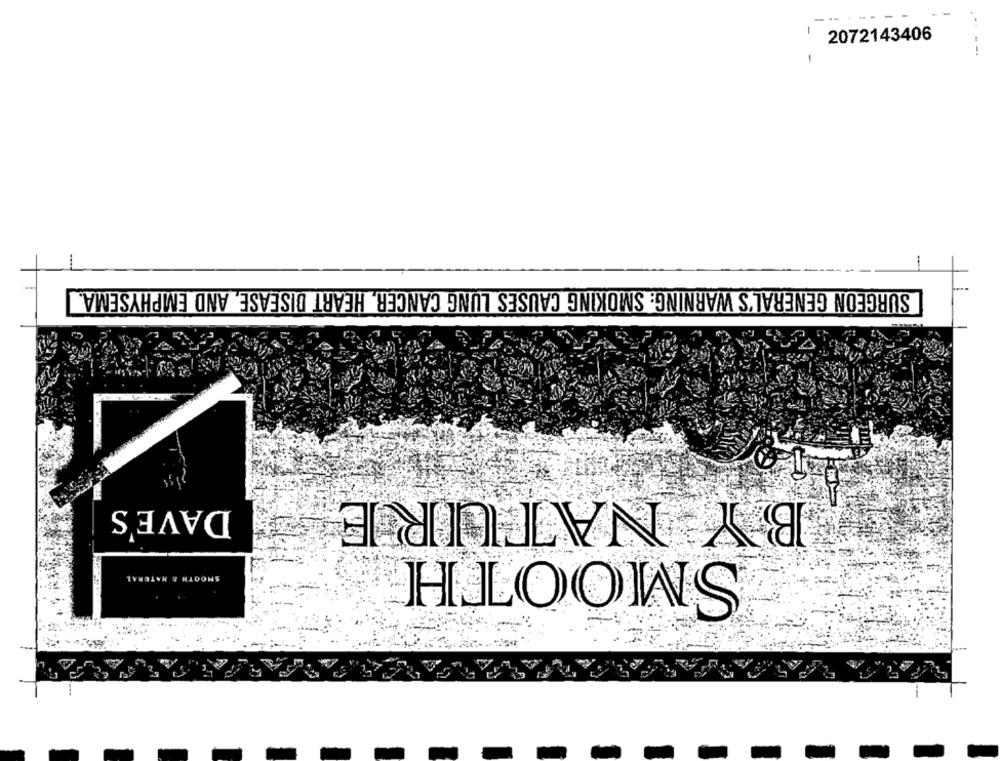
1
2072143406
--.
SURGEON GENERAL'S WARNING: SMOKING CAUSES LUNG CANCER, HEART DISEASE, AND EMPHYSEMA.
BY NATURE
DAVE'S
SMOOTH
SMOOTH & NATURAL